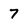
Character: 7